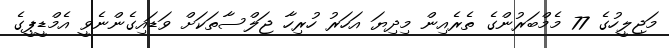
މަޖިލީހުގެ 77 މެމްބަރުންގެ ތެރެއިން މިދިޔަ އަހަރު ހުރިހާ ޖަލްސާތަކަށް ވަޑައިގެންނެވީ އެމްޑީޕީގެ